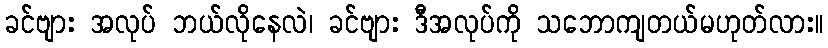
ခင်ဗျား အလုပ် ဘယ်လိုနေလဲ၊ ခင်ဗျား ဒီအလုပ်ကို သဘောကျတယ်မဟုတ်လား။